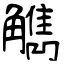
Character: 觹